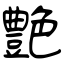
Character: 艶